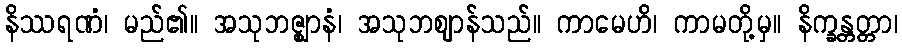
နိဿရဏံ၊ မည်၏။ အသုဘဇ္ဈာနံ၊ အသုဘဈာန်သည်။ ကာမေဟိ၊ ကာမတို့မှ။ နိက္ခန္တတ္တာ၊